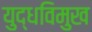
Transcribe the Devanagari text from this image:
युद्धविमुख